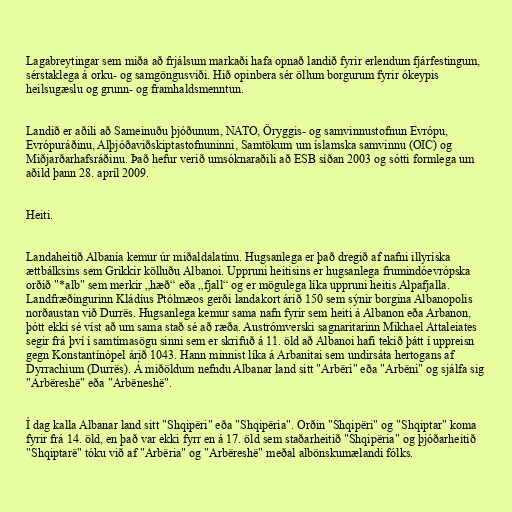
Lagabreytingar sem miða að frjálsum markaði hafa opnað landið fyrir erlendum fjárfestingum,
sérstaklega á orku- og samgöngusviði. Hið opinbera sér öllum borgurum fyrir ókeypis
heilsugæslu og grunn- og framhaldsmenntun.

Landið er aðili að Sameinuðu þjóðunum, NATO, Öryggis- og samvinnustofnun Evrópu,
Evrópuráðinu, Alþjóðaviðskiptastofnuninni, Samtökum um íslamska samvinnu (OIC) og
Miðjarðarhafsráðinu. Það hefur verið umsóknaraðili að ESB síðan 2003 og sótti formlega um
aðild þann 28. apríl 2009.

Heiti.

Landaheitið Albanía kemur úr miðaldalatínu. Hugsanlega er það dregið af nafni illyríska
ættbálksins sem Grikkir kölluðu Albanoi. Uppruni heitisins er hugsanlega frumindóevrópska
orðið "*alb" sem merkir „hæð“ eða „fjall“ og er mögulega líka uppruni heitis Alpafjalla.
Landfræðingurinn Kládíus Ptólmæos gerði landakort árið 150 sem sýnir borgina Albanopolis
norðaustan við Durrës. Hugsanlega kemur sama nafn fyrir sem heiti á Albanon eða Arbanon,
þótt ekki sé víst að um sama stað sé að ræða. Austrómverski sagnaritarinn Mikhael Attaleiates
segir frá því í samtímasögu sinni sem er skrifuð á 11. öld að Albanoi hafi tekið þátt í uppreisn
gegn Konstantínópel árið 1043. Hann minnist líka á Arbanitai sem undirsáta hertogans af
Dyrrachium (Durrës). Á miðöldum nefndu Albanar land sitt "Arbëri" eða "Arbëni" og sjálfa sig
"Arbëreshë" eða "Arbëneshë".

Í dag kalla Albanar land sitt "Shqipëri" eða "Shqipëria". Orðin "Shqipëri" og "Shqiptar" koma
fyrir frá 14. öld, en það var ekki fyrr en á 17. öld sem staðarheitið "Shqipëria" og þjóðarheitið
"Shqiptarë" tóku við af "Arbëria" og "Arbëreshë" meðal albönskumælandi fólks.